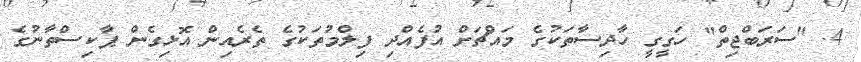
4. "ސަރަބްޖިތް" ހަގީގީ ހާދިސާތަކުގެ މައްޗަށް އުފެއްދި ފިލްމުތަކުގެ ތެރެއިން އޮޅިގެން ޕާކިސްތާނުގެ